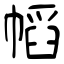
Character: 幍